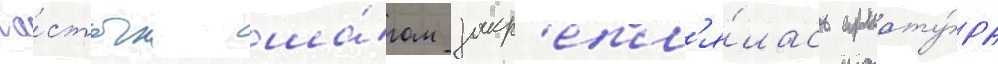
ча́стым ша́гом закр'епл'я́лась армату́ра